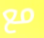
مع